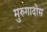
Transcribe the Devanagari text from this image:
मुरुगादोस